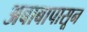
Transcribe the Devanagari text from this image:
अबाबापासून